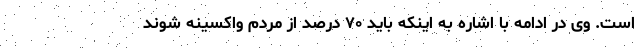
است. وی در ادامه با اشاره به اینکه باید ۷۰ درصد از مردم واکسینه شوند